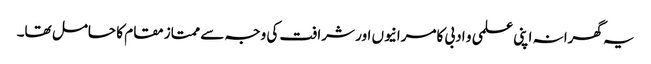
یہ گھرانہ اپنی علمی و ادبی کامرانیوں اور شرافت کی وجہ سے ممتاز مقام کا حامل تھا۔